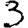
Digit: 3